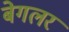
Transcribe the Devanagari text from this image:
बेगलर